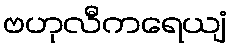
ဗဟုလီကရေယျံ